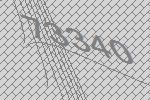
73340